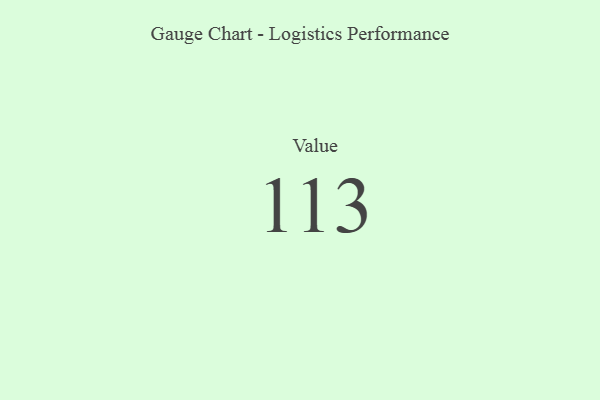
{"axis": {"x": "Metric", "y": "Value"}, "legend": [""], "data": [{"x": "Value", "y": 113, "type": ""}]}